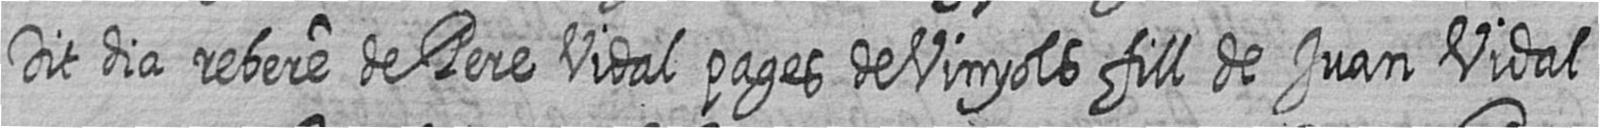
Dit dia rebere de Pere Vidal pages de Vinyols fill de Juan Vidal